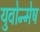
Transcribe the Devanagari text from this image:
युवोन्मेष